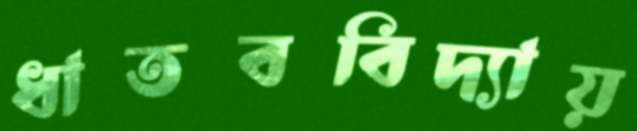
ধাতববিদ্যায়